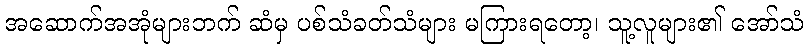
အဆောက်အအုံများဘက် ဆံမှ ပစ်သံခတ်သံများ မကြားရတော့၊ သူ့လူများ၏ အော်သံ